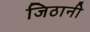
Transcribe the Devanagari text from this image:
जिठानी